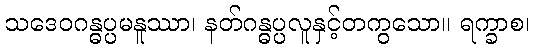
သဒေဝဂန္ဓပ္ပမနူဿာ၊ နတ်ဂန္ဓပ္ပလူနှင့်တကွသော။ ရက္ခာစ၊